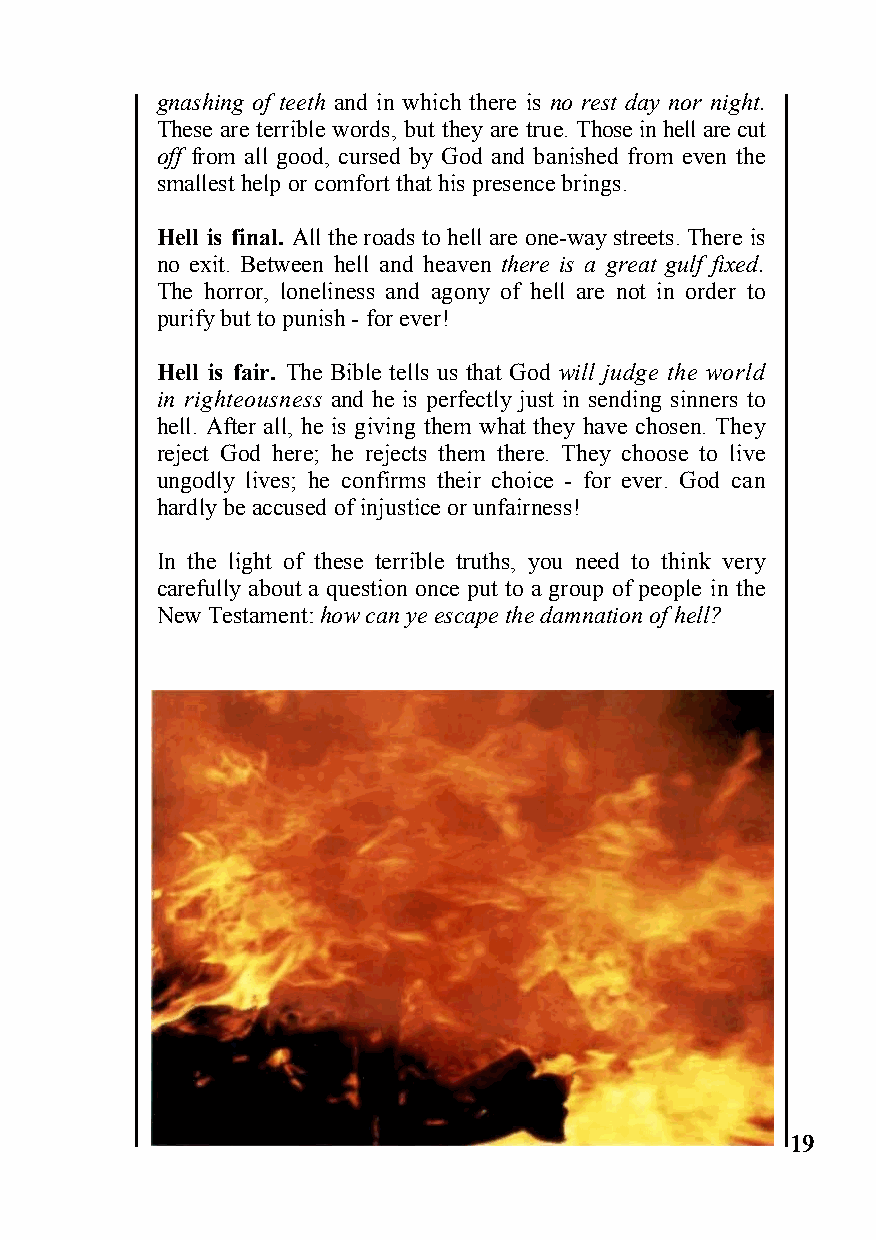
gnashing of teeth and in which there is no rest day nor night.
 These are terrible words, but they are true. Those in hell are cut
 off from all good, cursed by God and banished from even the
 smallest help or comfort that his presence brings.
 Hell is final. All the roads to hell are one-way streets. There is
 no exit. Between hell and heaven there is a great gulf fixed.
 The horror, loneliness and agony of hell are not in order to
 purify but to punish - for ever!
 Hell is fair. The Bible tells us that God will judge the world
 in righteousness and he is perfectly just in sending sinners to
 hell. After all, he is giving them what they have chosen. They
 reject God here; he rejects them there. They choose to live
 ungodly lives; he confirms their choice - for ever. God can
 hardly be accused of injustice or unfairness!
 In the light of these terrible truths, you need to think very
 carefully about a question once put to a group of people in the
 New Testament: how can ye escape the damnation of hell?
 19